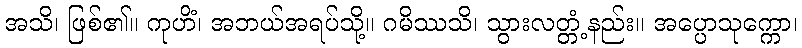
အသိ၊ ဖြစ်၏။ ကုဟိံ၊ အဘယ်အရပ်သို့။ ဂမိဿသိ၊ သွားလတ္တံ့နည်း။ အပ္ပောသုက္ကော၊